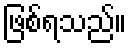
ဖြစ်ရသည်။